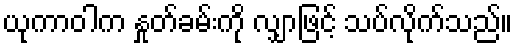
ယုကာဝါက နှုတ်ခမ်းကို လျှာဖြင့် သပ်လိုက်သည်။